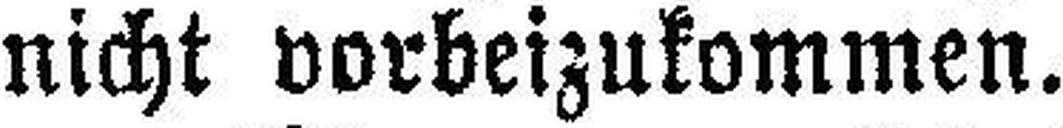
nicht vorbeizukommen.